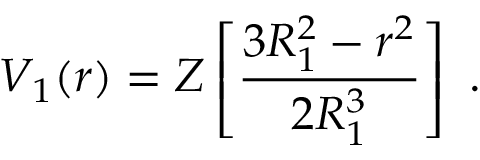
V _ { 1 } ( r ) = Z \left[ { \frac { 3 R _ { 1 } ^ { 2 } - r ^ { 2 } } { 2 R _ { 1 } ^ { 3 } } } \right] \ .